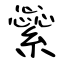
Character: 繠